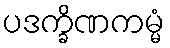
ပဒက္ခိဏကမ္မံ